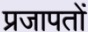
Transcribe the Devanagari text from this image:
प्रजापतों